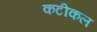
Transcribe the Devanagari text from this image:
कटीकल